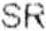
SR